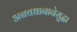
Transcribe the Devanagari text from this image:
अनवधानानेसुद्धा